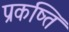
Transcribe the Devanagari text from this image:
प्रकष्ति